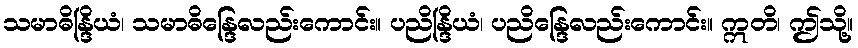
သမာဓိန္ဒြိယံ၊ သမာဓိန္ဒြေလည်းကောင်း။ ပညိန္ဒြိယံ၊ ပညိန္ဒြေလည်းကောင်း။ ဣတိ၊ ဤသို့။